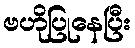
ဗဟိုပြုနေပြီး